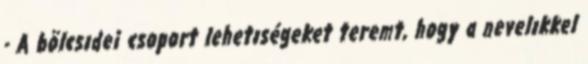
- A bölcsıdei csoport lehetıségeket teremt, hogy a nevelıkkel